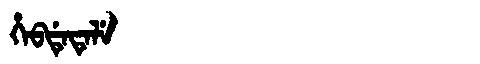
Manchu: ᡥᡝᠪᡩᡝᡨᡝᠯᡝ
Romanization: HEBDETELE